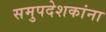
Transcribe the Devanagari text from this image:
समुपदेशकांना